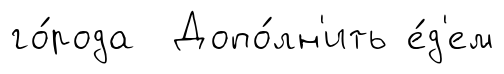
го́рода Допо́лн'ить е́д'ем